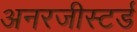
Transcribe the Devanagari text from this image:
अनरजीस्टर्ड